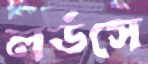
লর্ডসে